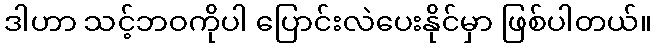
ဒါဟာ သင့်ဘဝကိုပါ ပြောင်းလဲပေးနိုင်မှာ ဖြစ်ပါတယ်။